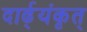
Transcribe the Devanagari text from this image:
दार्ढ्‌यंकृत्